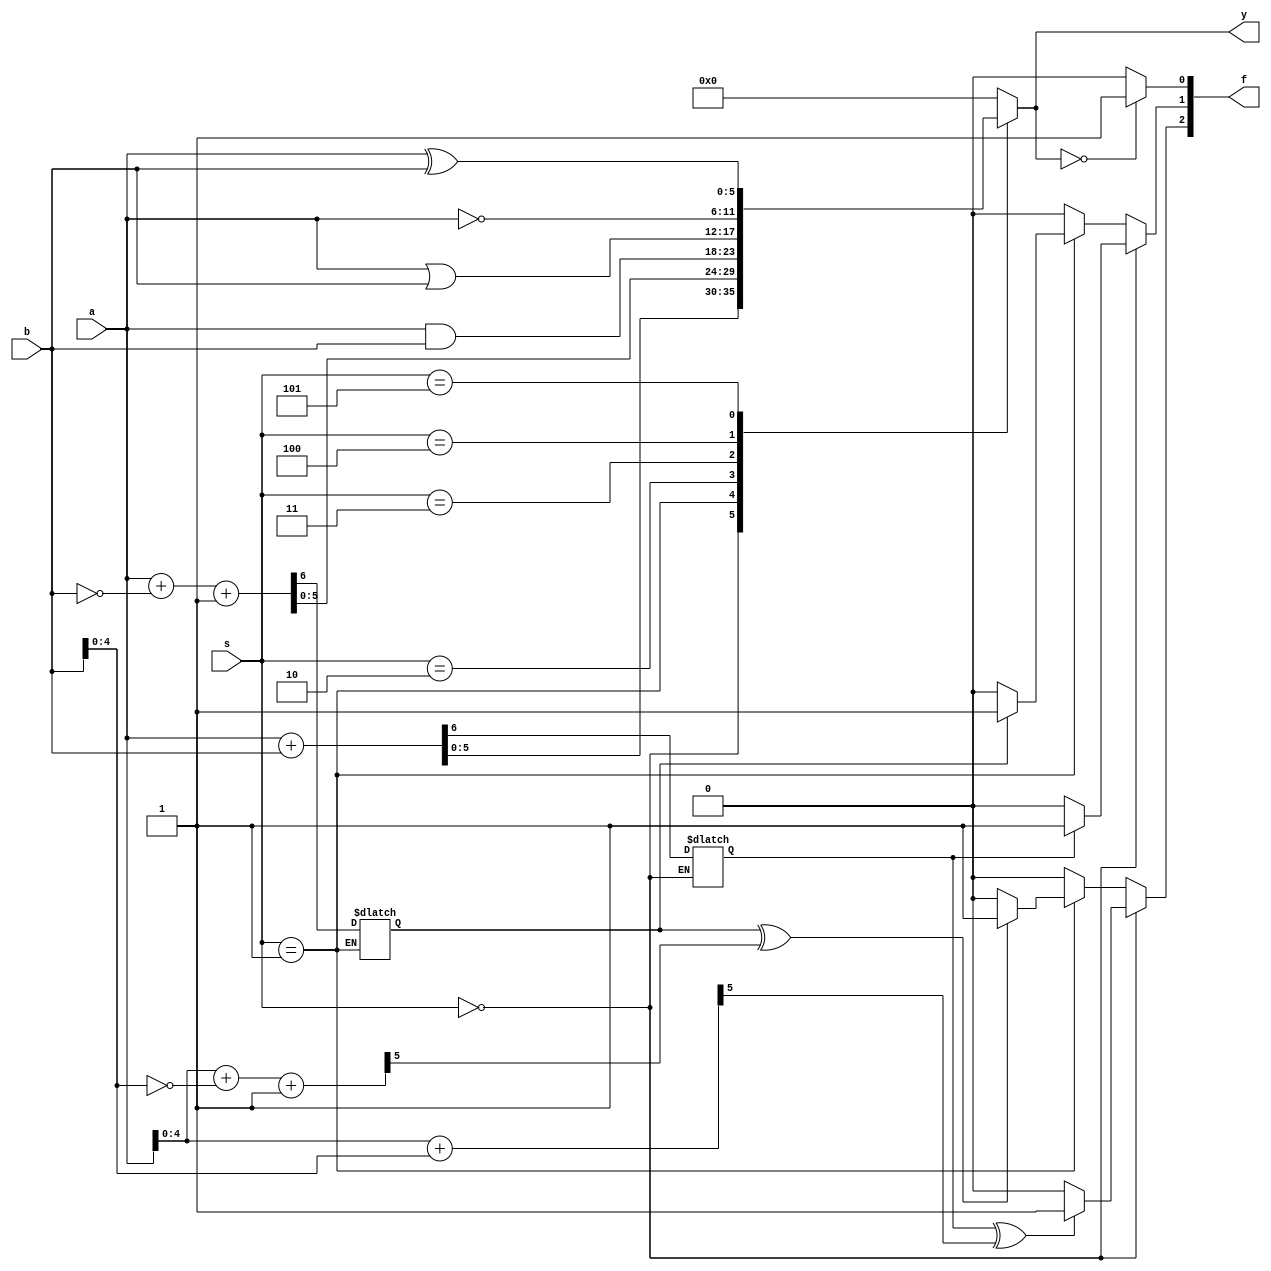
`timescale 1ns / 1ps
//////////////////////////////////////////////////////////////////////////////////
// Company: 
// Engineer: 
// 
// Design Name: 
// Module Name: ALU
// Project Name: 
// Target Devices: 
// Tool Versions: 
// Description: 
// 
// Dependencies: 
// 
// Revision:
// Revision 0.01 - File Created
// Additional Comments:
// 
//////////////////////////////////////////////////////////////////////////////////


module ALU(
    input [5:0]a,b,
    input [2:0]s,
    output reg [5:0]y,
    output reg [2:0]f
    );
    parameter ADD=3'd0;
    parameter SUB=3'd1;
    parameter AND=3'd2;
    parameter OR=3'd3;
    parameter NOT=3'd4;
    parameter XOR=3'd5;
    reg flag1,flag2,flag3,flag4;
    reg [4:0] t1,t2;
    initial flag1=0;
    initial flag2=0;
    always @ (*)
    begin
        case(s)
            ADD:{flag1,y}=a+b;
            SUB:{flag2,y}=a+~b+1;
            AND:y=a&b;
            OR:y=a|b;
            NOT:y=~a;
            XOR:y=a^b;
            default:y=0;
        endcase
    end
    
    always @ (*)
    begin
        {flag3,t1}=a[4:0]+b[4:0];
        {flag4,t2}=a[4:0]+~b[4:0]+1;
    end
    
    always @ (*)
    begin
        if (y==0)
            f[0]=1;
        else
            f[0]=0;
    end
    
    always @ (*)
    begin
        if (s==ADD)
        begin
            if (flag1==1)
                f[1]=1;
            else
                f[1]=0;
            if (flag1^flag3==1)
                f[2]=1;
            else 
                f[2]=0;
        end
        else if (s==SUB)
        begin
            if (flag2==1)
                f[1]=1;
            else
                f[1]=0;
            if (flag2^flag4==1)
                f[2]=1;
            else 
                f[2]=0;
        end
        else
        begin
            f[1]=0;
            f[2]=0;
        end
    end
endmodule